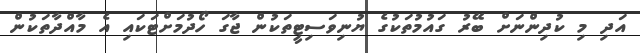
އަދި މި ކުދިންނަށް ބޭރު ގައުމުތަކުގެ ޔުނިވަސިޓީތަކުން ޖާގަ ހޯދުމަށްޓަކައި އެ މާއްދާތަކުން